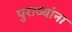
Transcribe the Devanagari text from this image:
पुराव्यांना